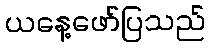
ယနေ့ဖော်ပြသည်